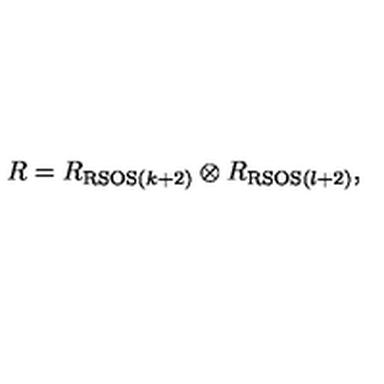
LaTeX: R = R _ { \mathrm { R S O S } ( k + 2 ) } \otimes R _ { \mathrm { R S O S } ( l + 2 ) } ,